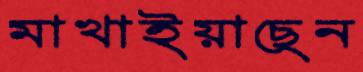
মাখাইয়াছেন